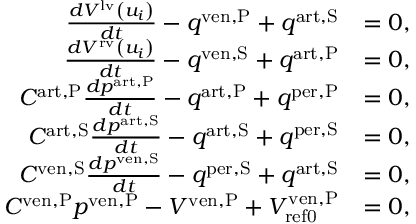
\begin{array} { r l } { \frac { d V ^ { \mathrm { l v } } \left( u _ { i } \right) } { d t } - q ^ { \mathrm { v e n , P } } + q ^ { \mathrm { a r t , S } } } & { = 0 , } \\ { \frac { d V ^ { \mathrm { r v } } \left( u _ { i } \right) } { d t } - q ^ { \mathrm { v e n , S } } + q ^ { \mathrm { a r t , P } } } & { = 0 , } \\ { C ^ { \mathrm { a r t , P } } \frac { d p ^ { \mathrm { a r t , P } } } { d t } - q ^ { \mathrm { a r t , P } } + q ^ { \mathrm { p e r , P } } } & { = 0 , } \\ { C ^ { \mathrm { a r t , S } } \frac { d p ^ { \mathrm { a r t , S } } } { d t } - q ^ { \mathrm { a r t , S } } + q ^ { \mathrm { p e r , S } } } & { = 0 , } \\ { C ^ { \mathrm { v e n , S } } \frac { d p ^ { \mathrm { v e n , S } } } { d t } - q ^ { \mathrm { p e r , S } } + q ^ { \mathrm { a r t , S } } } & { = 0 , } \\ { C ^ { \mathrm { v e n , P } } p ^ { \mathrm { v e n , P } } - V ^ { \mathrm { v e n , P } } + V _ { \mathrm { { r e f 0 } } } ^ { \mathrm { v e n , P } } } & { = 0 , } \end{array}